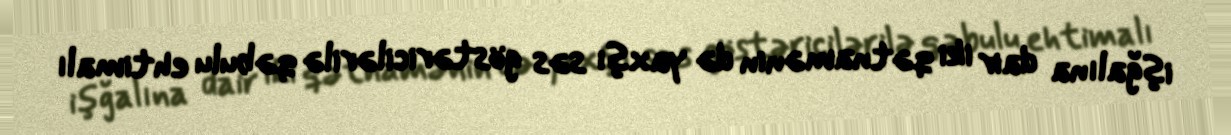
işğalına dair iki qətnamənin də yaxşı səs göstəricilərilə qəbulu ehtimalı